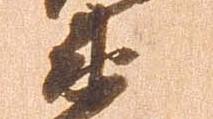
衛